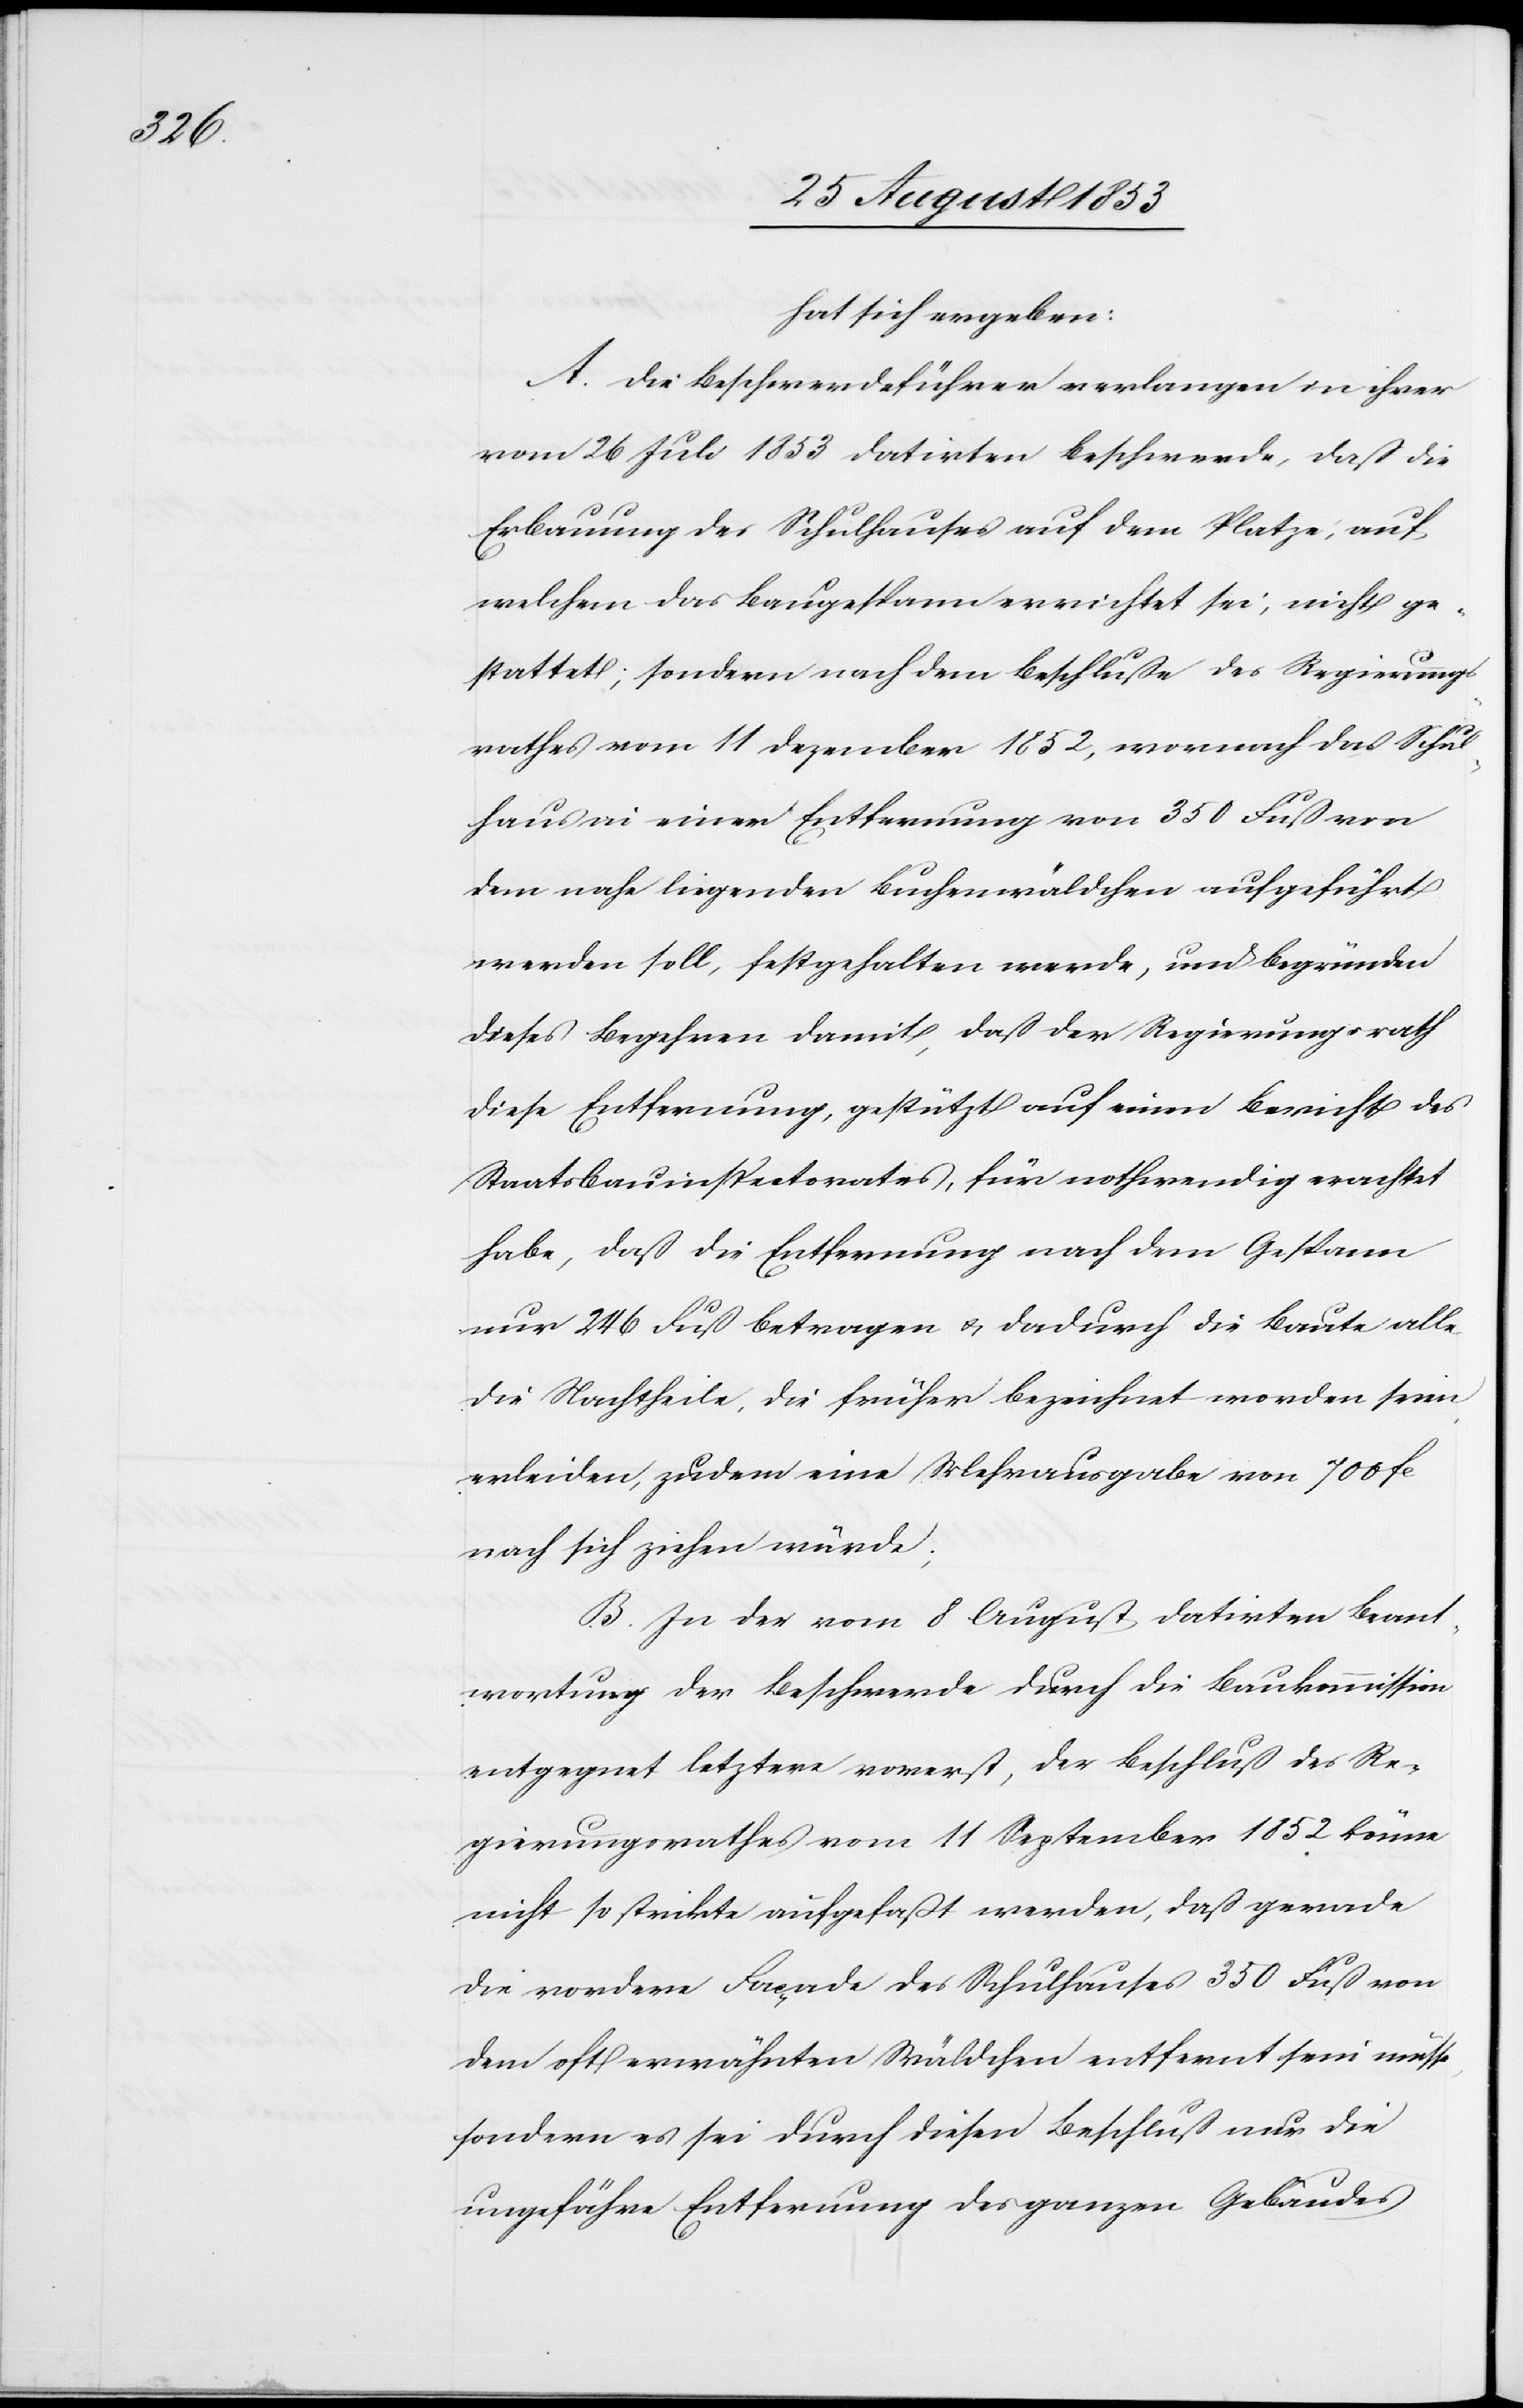
hat sich ergeben:
A. Die Beschwerdeführer verlangen in ihrer
vom 26 Juli 1853 datirten Beschwerde, daß die
Erbauung des Schulhauses auf dem Platze, auf
welchem das Baugespann errichtet sei, nicht ge¬
stattet; sondern nach dem Beschluße des Regierungs¬
rathes vom 11 Dezember 1852, wonach das Schul¬
haus in einer Entfernung von 350 Fuß von
dem nahe liegenden Buchenwäldchen aufgeführt
werden soll, festgehalten werde, und begründen
dieses Begehren damit, daß der Regierungsrath
diese Entfernung gestützt auf einen Bericht des
Staatsbauinspektorates, für nothwendig erachtet
habe, daß die Entfernung nach dem Gespann
nur 246 Fuß betragen u. dadurch die Baute alle
die Nachtheile, die früher bezeichnet worden seien
erleiden, zudem eine Mehrausgabe von 700 fc
nach sich ziehen würde.
B. In der vom 8 August datirten Beant¬
wortung der Beschwerde durch die Baukommission
entgegnet letztere vorerst, der Beschluß des Re¬
gierungsrathes vom 11 September 1852 könne
nicht so strikte aufgefaßt werden, daß gerade
die vordere Façade des Schulhauses 350 Fuß von
dem oft erwähnten Wäldchen entfernt sein müsse,
sondern es sei durch diesen Beschluß nur die
ungefähre Entfernung des ganzen Gebäudes